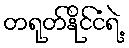
တရုတ်နိုင်ငံရဲ့